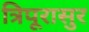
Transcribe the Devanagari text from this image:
त्रिपूरासुर